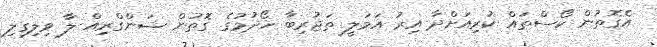
އެގޮތުން ކޯސްތައް ކުރިއަށްދާ އިރު އަމަލީ ތަޖުރިބާ ހޯދުމުގެ ގޮތުން ޝަންގްރިއް-ލާ ވިލިގިލި